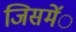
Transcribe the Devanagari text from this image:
जिसमेंंं